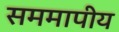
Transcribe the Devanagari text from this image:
सममापीय